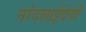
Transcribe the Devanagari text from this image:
नांदलाईदेवी